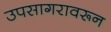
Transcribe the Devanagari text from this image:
उपसागरावरून